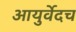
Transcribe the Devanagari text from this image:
आयुर्वेदच